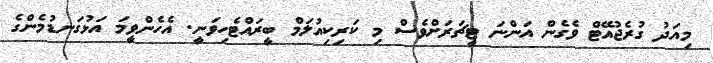
މިއަދު ގުރެޖުއޭޓް ވެގެން އަންނަ ޓީޗަރަށްވެސް މި ކަރިކިއުލަމް ބީރައްޓެހިވަނީ. އެހެންވީމަ އަޅުގަނޑުމެންގެ